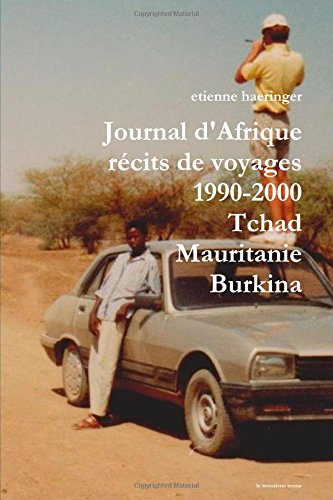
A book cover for Journal d'Afrique rÃ©cits de voyages 1990-2000 Tchad Mauritanie Burkina Faso (French Edition); Etienne Haeringer; Travel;